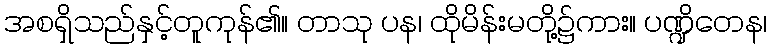
အစရှိသည်နှင့်တူကုန်၏။ တာသု ပန၊ ထိုမိန်းမတို့၌ကား။ ပဏ္ဍိတေန၊